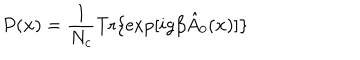
P ( { \bf x } ) = \frac 1 { N _ { c } } \mathrm { T r } \{ \exp [ i g \beta \hat { A } _ { 0 } ( { \bf x } ) ] \}